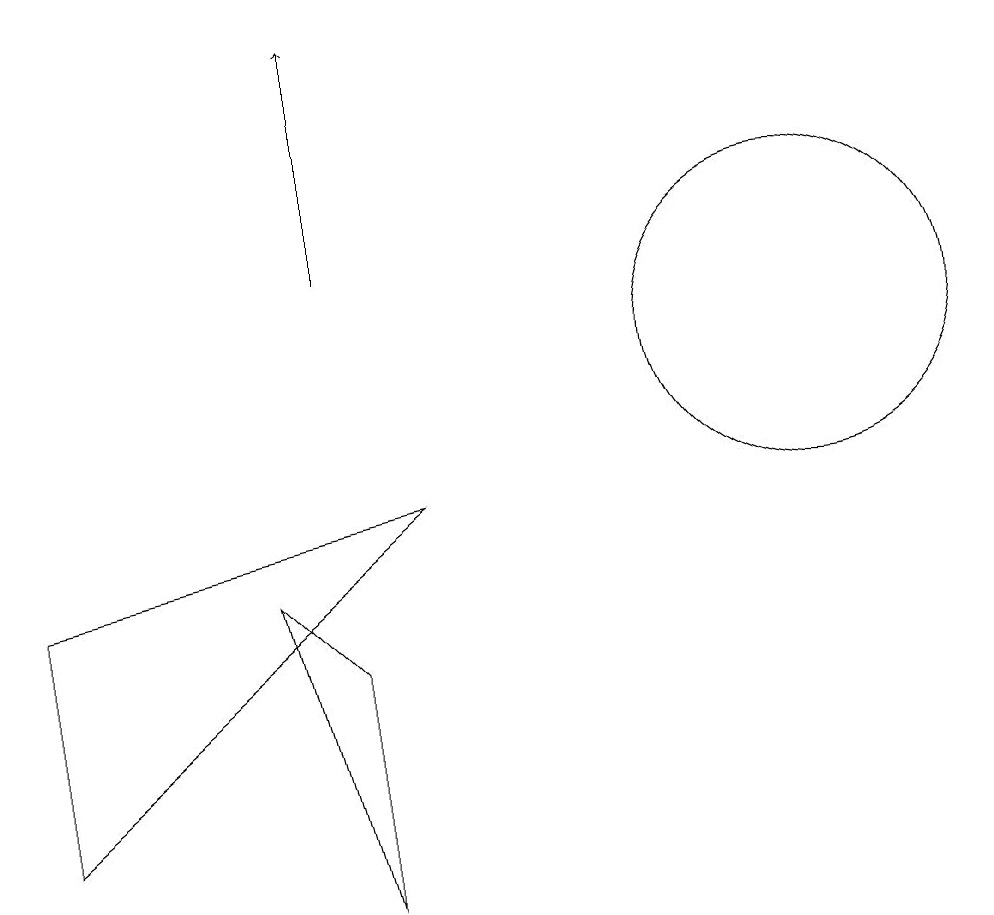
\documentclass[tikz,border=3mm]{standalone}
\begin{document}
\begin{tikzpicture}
\draw (7,8) -- (2,4) -- (2,7) -- cycle;
\draw[->] (6,11) -- (6,14);
\draw (5,7) -- (6,3) -- (6,6) -- cycle;
\draw (12,10) circle (2);
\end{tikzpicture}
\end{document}